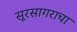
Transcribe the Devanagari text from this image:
सूरसागराचा